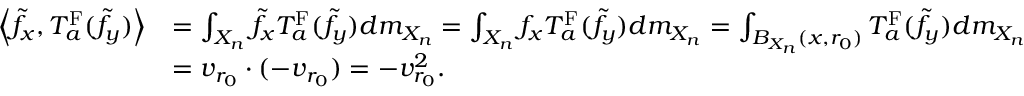
\begin{array} { r l } { \left\langle \tilde { f } _ { x } , T _ { a } ^ { \mathrm { F } } ( \tilde { f } _ { y } ) \right\rangle } & { = \int _ { X _ { n } } \tilde { f } _ { x } T _ { a } ^ { \mathrm { F } } ( \tilde { f } _ { y } ) d m _ { X _ { n } } = \int _ { X _ { n } } f _ { x } T _ { a } ^ { \mathrm { F } } ( \tilde { f } _ { y } ) d m _ { X _ { n } } = \int _ { B _ { X _ { n } } ( x , r _ { 0 } ) } T _ { a } ^ { \mathrm { F } } ( \tilde { f } _ { y } ) d m _ { X _ { n } } } \\ & { = v _ { r _ { 0 } } \cdot ( - v _ { r _ { 0 } } ) = - v _ { r _ { 0 } } ^ { 2 } . } \end{array}